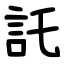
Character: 託